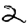
Digit: 2